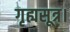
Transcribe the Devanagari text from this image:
गृह्यसूत्र।